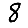
Digit: 8